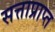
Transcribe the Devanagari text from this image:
सत्ताप्राप्त